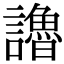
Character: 𧭷